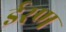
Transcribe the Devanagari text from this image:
ईरण